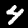
Label: 4